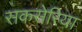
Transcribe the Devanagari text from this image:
सकसेरिया